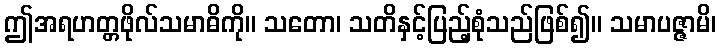
ဤအရဟတ္တဖိုလ်သမာဓိကို။ သတော၊ သတိနှင့်ပြည့်စုံသည်ဖြစ်၍။ သမာပဇ္ဇာမိ၊